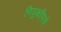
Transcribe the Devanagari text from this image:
नियुक्तीपत्रे